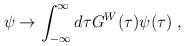
LaTeX: \begin{align*}\psi \to \int_{-\infty}^{\infty} d\tau G^{W}(\tau)\psi(\tau)~,\end{align*}